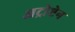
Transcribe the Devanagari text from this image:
अट्रोप्टेन